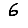
Digit: 6